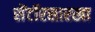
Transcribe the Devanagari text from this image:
सेंटॉरसारखा